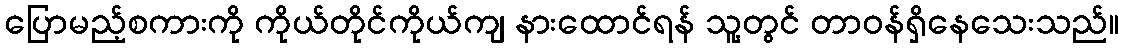
ပြောမည့်စကားကို ကိုယ်တိုင်ကိုယ်ကျ နားထောင်ရန် သူ့တွင် တာဝန်ရှိနေသေးသည်။